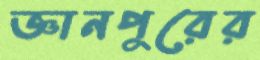
জ্ঞানপুরের